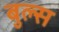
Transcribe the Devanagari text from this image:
बुल्‍स